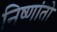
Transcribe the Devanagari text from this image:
निष्णांतो